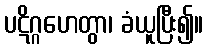
ပဋိဂ္ဂဟေတွာ၊ ခံယူပြီး၍။